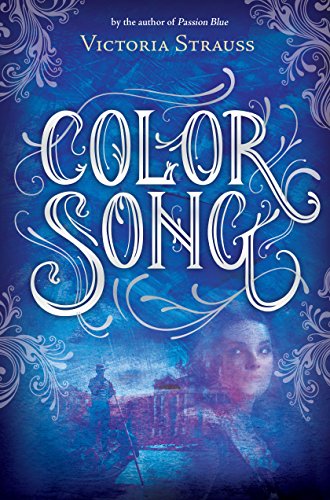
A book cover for Color Song (A Passion Blue Novel); Victoria Strauss; Teen & Young Adult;